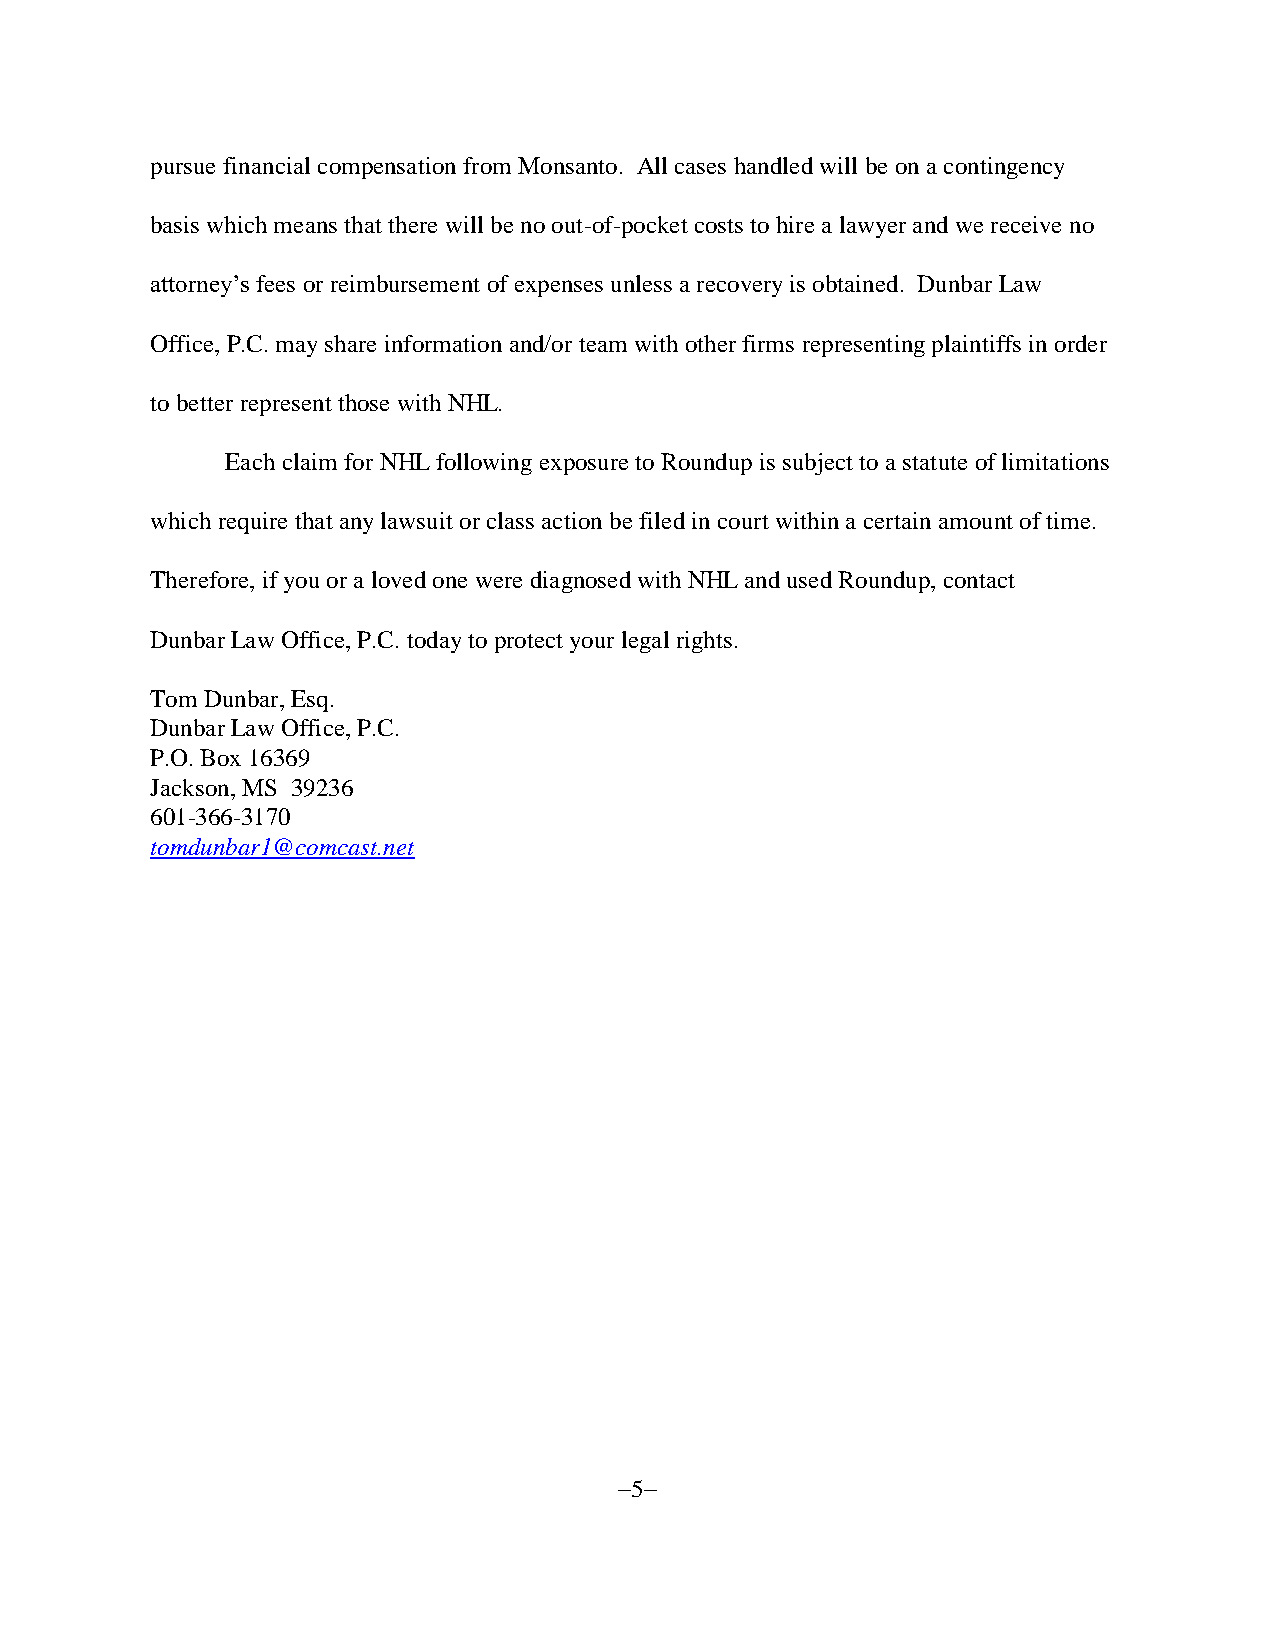
pursue financial compensation from Monsanto. All cases handled will be on a contingency
 basis which means that there will be no out-of-pocket costs to hire a lawyer and we receive no
 attorney’s fees or reimbursement of expenses unless a recovery is obtained. Dunbar Law
 Office, P.C. may share information and/or team with other firms representing plaintiffs in order
 to better represent those with NHL.
 Each claim for NHL following exposure to Roundup is subject to a statute of limitations
 which require that any lawsuit or class action be filed in court within a certain amount of time.
 Therefore, if you or a loved one were diagnosed with NHL and used Roundup, contact
 Dunbar Law Office, P.C. today to protect your legal rights.
 Tom Dunbar, Esq.
 Dunbar Law Office, P.C.
 P.O. Box 16369
 Jackson, MS 39236
 601-366-3170
 tomdunbar1@comcast.net
 5